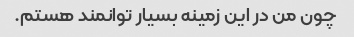
چون من در این زمینه بسیار توانمند هستم.